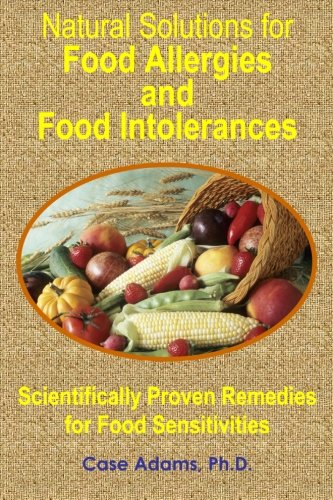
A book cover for Natural Solutions for Food Allergies and Food Intolerances: Scientifically Proven Remedies for Food Sensitivities; Case Adams PhD; Health, Fitness & Dieting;